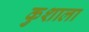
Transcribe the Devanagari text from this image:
कुशाला